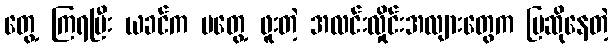
တွေ့ ကြရပြီး ယခင်က မတွေ့ ဖူးတဲ့ အလင်းလှိုင်းအလျားတွေက ပြဆိုနေတဲ့